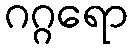
ဂဂ္ဂရော